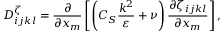
D _ { i j k l } ^ { \zeta } = \frac { \partial } { \partial x _ { m } } \left[ \left( C _ { S } \frac { k ^ { 2 } } { \varepsilon } + \nu \right) \frac { \partial \zeta _ { i j k l } } { \partial x _ { m } } \right] ,